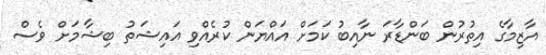
އާޒިމާގެ އިތުރުން ބަންޑާރަ ނާއިބު ކަމަށް އައްޔަން ކުރެއްވި އައިޝަތު ބިޝާމަށް ވެސް